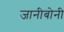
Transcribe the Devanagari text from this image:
जानीबोनी